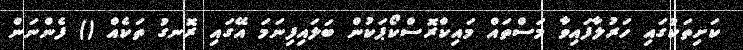
ކަށިތަކުގައި ހަރުލާފައިވާ މަސްތައް މައިކްރޮސްކޯޕަކުން ބަލައިފިނަމަ އޭގައި ރޮނގު ތަކެއް () ފެންނަން